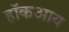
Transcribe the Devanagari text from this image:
हॉकआय